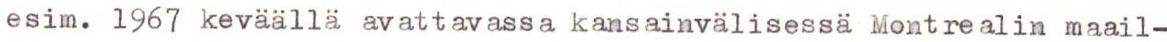
esim. 1967 keväällä avattavassa kansainvälisessä Montrealin maail-